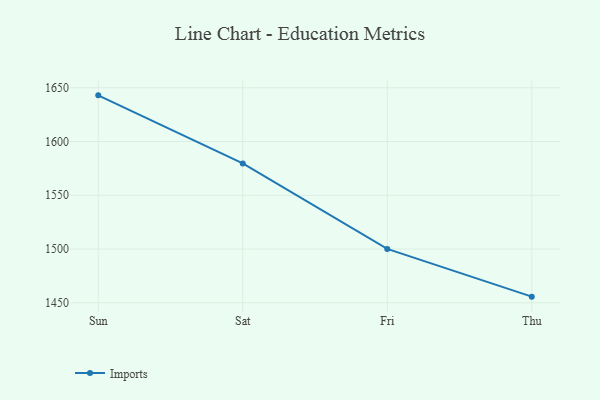
{"axis": {"x": "Day", "y": "Humidity (%)"}, "legend": ["Imports"], "data": [{"x": "Sun", "y": 1642.9, "type": "Imports"}, {"x": "Sat", "y": 1579.6, "type": "Imports"}, {"x": "Fri", "y": 1500.1, "type": "Imports"}, {"x": "Thu", "y": 1455.7, "type": "Imports"}]}